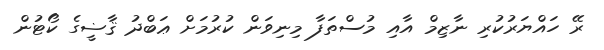
ރޭ ހައްޔަރުކުރި ނާޒިމް އާއި މުސްތަފާ މިނިވަން ކުރުމަށް ޢަބްދު ޤާޟީގެ ކޯޓުން